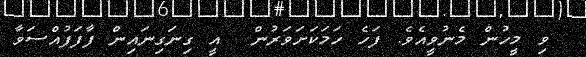
ވި މީހުން މެނުވީއެވެ. ފަހެ ހަމަކަށަވަރުން  އީ ގިނަގިނައިން ފާފަފުއްސަވާ